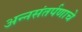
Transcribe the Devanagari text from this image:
अन्नसंतर्पणाचे